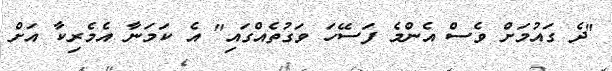
"ދެ ގައުމަށް ވެސް އެންމެ ފަސޭހަ ވަގުތެއްގައި" އެ ކަމަނާ އެމެރިކާ އަށް